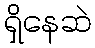
ရှိနေဆဲ